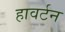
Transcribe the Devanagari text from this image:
हावर्टन